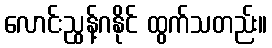
လောင်းညွန့်ဂနိုင် ထွက်သတည်း။